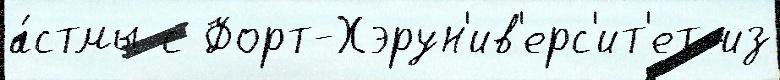
а́стмы с Форт-Хэрун'ив'ерс'ит'ет из